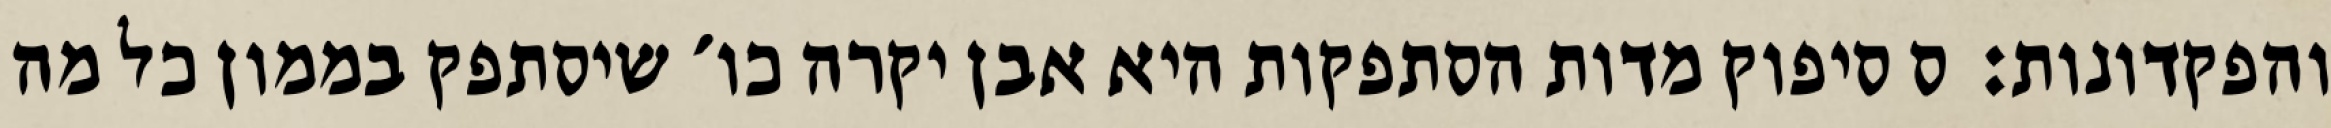
והפקדונות:  ס סיפוק מדות הסתפקות היא אבן יקרה כו׳ שיסתפק בממון כל מה